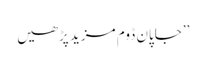
’’جاپان ڈوم مزید پڑھیں